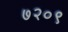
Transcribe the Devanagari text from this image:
७२०९